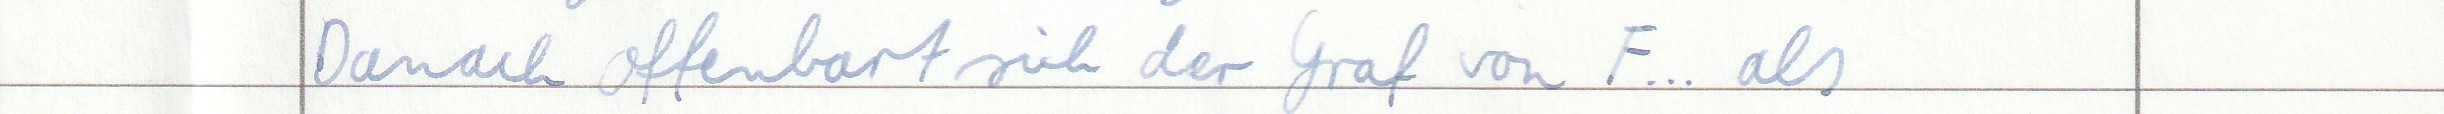
Danach offenbart sich der Graf von F... als